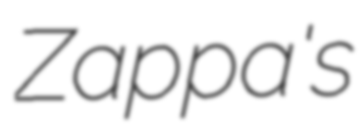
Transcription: Zappa's